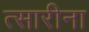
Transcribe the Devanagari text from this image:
त्सारीना